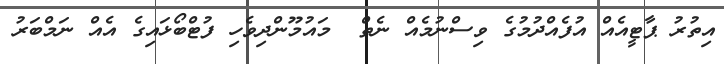
އިތުރު ޕާޓީއެއް އުފެއްދުމުގެ ވިސްނުމެއް ނެތް  މައުމޫންދިވެހި ފުޓްބޯޅައިގެ އެއް ނަމްބަރު